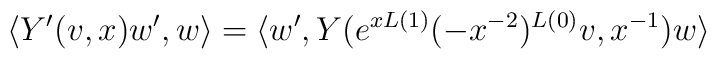
\langle Y'(v,x)w',w\rangle  =\langle w',Y(e^{xL(1)}(-x^{-2})^{L(0)}v,x^{-1})w\rangle